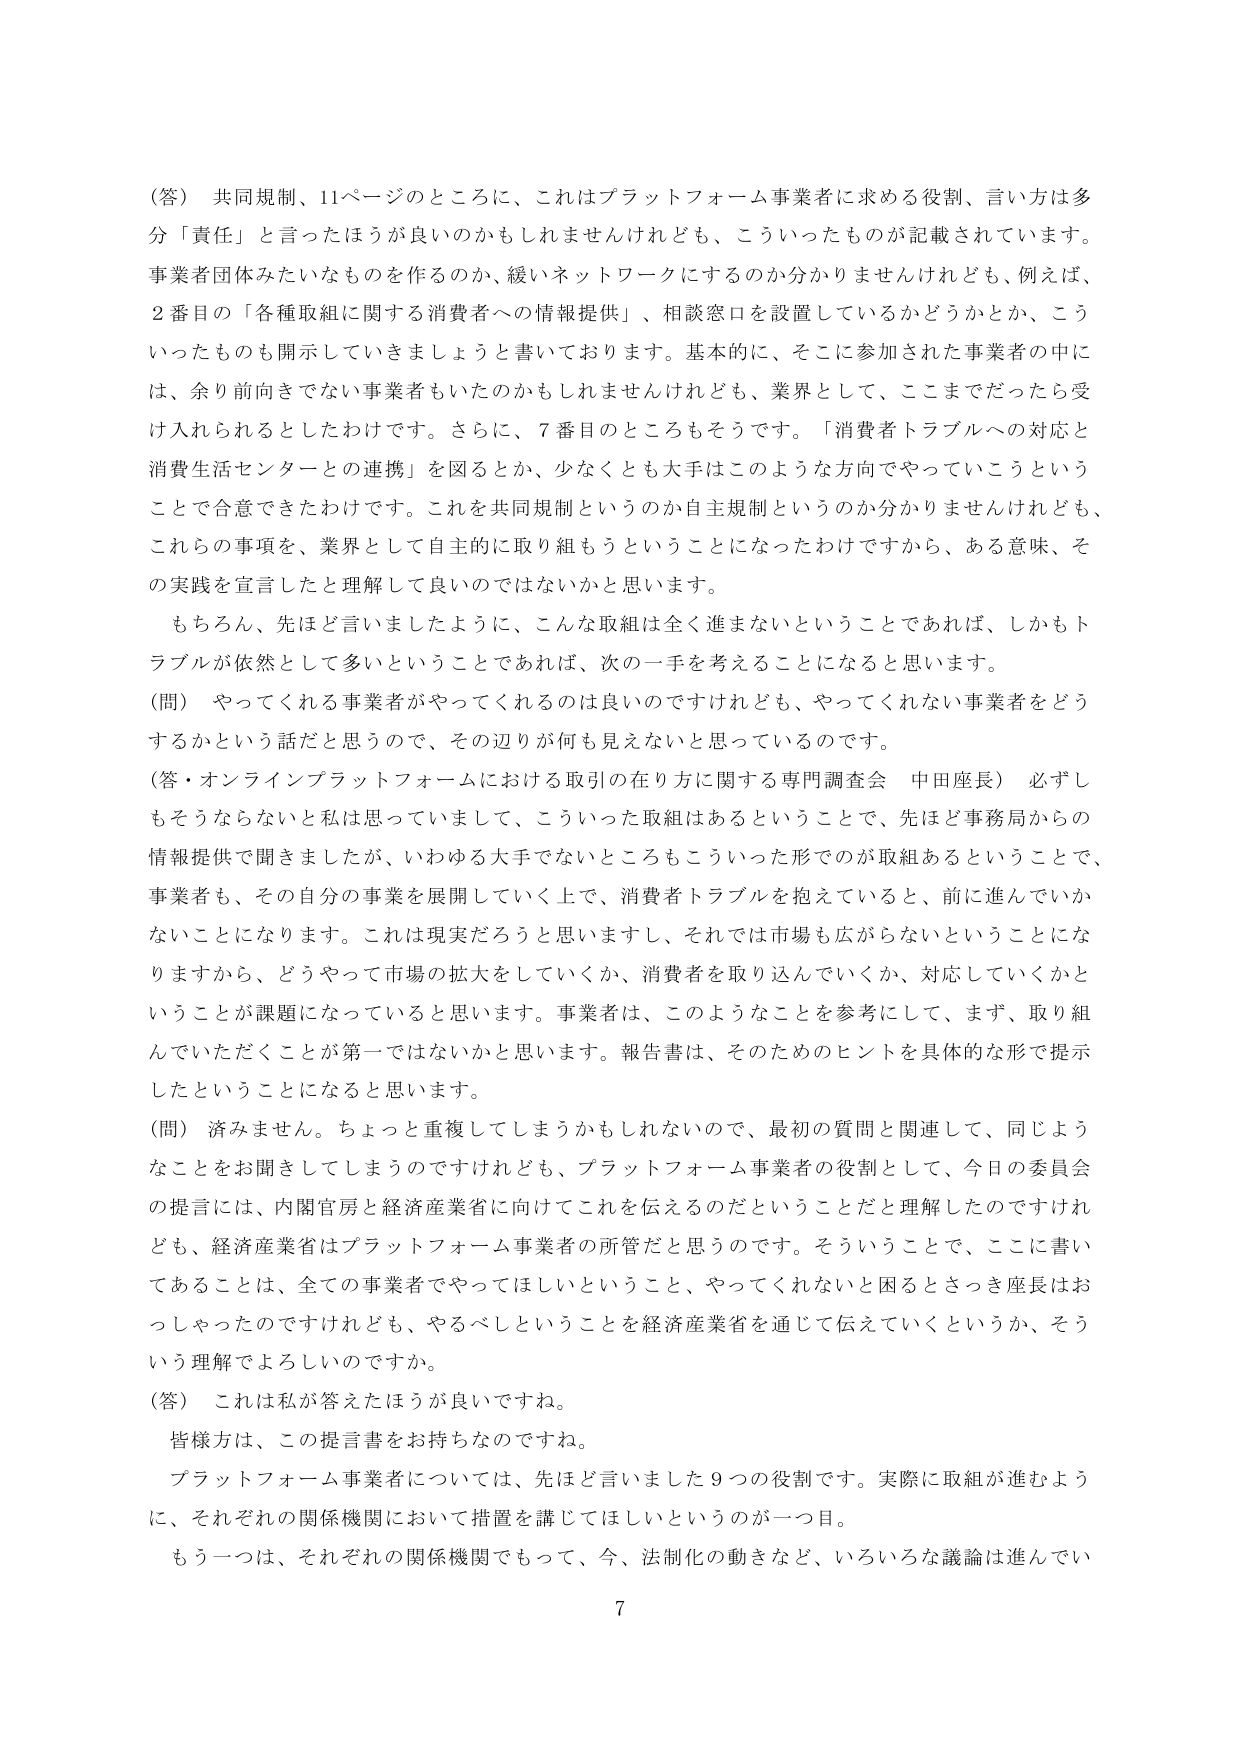
（答） 共同規制、11ページのところに、これはプラットフォーム事業者に求める役割、言い方は多分「責任」と言ったほうが良いのかもしれませんが、こういったものが記載されています。事業者団体みたいなものを作るのか、緩いネットワークにするのか分かりませんけれども、例えば、2番目の「各種取組に関する消費者への情報提供」、相談窓口を設置しているかどうかとか、こういったものも開示していきましょうと書いております。基本的に、そこに参加された事業者の中には、余り前向きでない事業者もいたのかもしれませんが、業界として、ここまでだったら受け入れられるとしたわけです。さらに、7番目のところもそうです。「消費者トラブルへの対応と消費生活センターとの連携」を図るとか、少なくとも大手はこのような方向でやっていこうということで合意できたわけです。これを共同規制というのか自主規制というのか分かりませんけれども、これらの事項を、業界として自主的に取り組もうということになったわけですから、ある意味、その実践を宣言したと理解して良いのではないかと思います。

もちろん、先ほど言いましたように、こんな取組は全く進まないということであれば、しかもトラブルが依然として多いということであれば、次の一手を考えることになると思います。

（問） やってくれる事業者がやってくれるのは良いのですけれども、やってくれない事業者をどうするかという話だと思うので、その辺りが何も見えないと思っているのです。

（答・オンラインプラットフォームにおける取引の在り方に関する専門調査会 中田座長） 必ずしもそうならないとは思っていますが、こういった取組はあるということで、先ほど事務局からの情報提供で聞きましたが、いわゆる大手でないところもこういった形でのが取組あるということで、事業者も、その自分の事業を展開していく上で、消費者トラブルを抱えていると、前に進んでいかないことになります。これは現実だろうと思いますし、それでは市場も広がらないということになりますから、どうやって市場の拡大をしていくか、消費者を取り込んでいくか、対応していくかということが課題になっていると思います。事業者は、このようなことを参考にして、まず、取り組んでいただくことが第一ではないかと思います。報告書は、そのためのヒントを具体的な形で提示したということになると思います。

（問） 済みません。ちょっと重複してしまうかもしれないのですが、最初の質問と関連して、同じようなことをお聞きしてしまうのですけれども、プラットフォーム事業者の役割として、今日の委員会の提言には、内閣官房と経済産業省に向けてこれを伝えるのだということだと理解したのですけれども、経済産業省はプラットフォーム事業者の所管だと思うのです。そういうことで、ここに書いてあることは、全ての事業者でやってほしいということ、やってくれないと困るとさっき座長はおっしゃったのですけれども、やるべしということを経済産業省を通じて伝えていくというか、そういう理解でよろしいのですか。

（答） これは私が答えたらほうが良いですね。

皆様方は、この提言書をお持ちなのですね。

プラットフォーム事業者については、先ほど言いました9つの役割です。実際に取組が進むように、それぞれの関係機関において措置を講じてほしいというのが一つ目。

もう一つは、それぞれの関係機関でもって、今、法制化の動きなど、いろいろな議論は進んでい

7